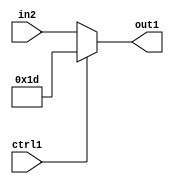
`timescale 1ps / 1ps
/*****************************************************************************
    Verilog RTL Description
    
    
    Created by: Stratus DpOpt 2019.1.01 
*******************************************************************************/

module fix2float_Muxi29u5u1_4 (
	in2,
	ctrl1,
	out1
	); /* architecture "behavioural" */ 
input [4:0] in2;
input  ctrl1;
output [4:0] out1;
wire [4:0] asc001;

reg [4:0] asc001_tmp_0;
assign asc001 = asc001_tmp_0;
always @ (ctrl1 or in2) begin
	case (ctrl1)
		1'B1 : asc001_tmp_0 = 5'B11101 ;
		default : asc001_tmp_0 = in2 ;
	endcase
end

assign out1 = asc001;
endmodule

/* CADENCE  uLP1Sw4= : u9/ySgnWtBlWxVPRXgAZ4Og= ** DO NOT EDIT THIS LINE ******/